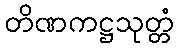
တိဏကဋ္ဌသုတ္တံ